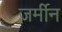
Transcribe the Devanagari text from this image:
जर्मीन